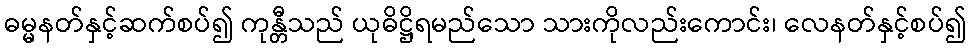
ဓမ္မနတ်နှင့်ဆက်စပ်၍ ကုန္တီသည် ယုဓိဋ္ဌိရမည်သော သားကိုလည်းကောင်း၊ လေနတ်နှင့်စပ်၍